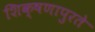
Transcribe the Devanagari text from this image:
शिक्षणापुरते